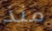
منذ